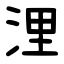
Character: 浬